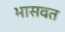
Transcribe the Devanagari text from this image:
भासवत